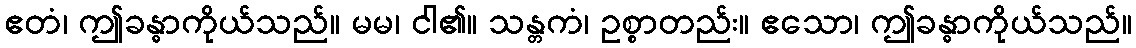
ဧတံ၊ ဤခန္ဓာကိုယ်သည်။ မမ၊ ငါ၏။ သန္တကံ၊ ဥစ္စာတည်း။ ဧသော၊ ဤခန္ဓာကိုယ်သည်။